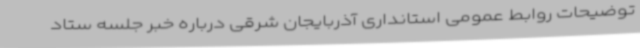
توضیحات روابط عمومی استانداری آذربایجان شرقی درباره خبر جلسه ستاد